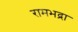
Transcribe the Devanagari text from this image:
रामभद्रा